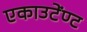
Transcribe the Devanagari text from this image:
एकाउटेंण्ट